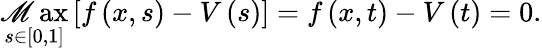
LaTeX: \operatorname*{\mathscr{M}ax}_{s\in\left[0,1\right]}\left[f\left(x,s\right)-V\left(s\right)\right]=f\left(x,t\right)-V\left(t\right)=0.